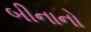
બીનાનો